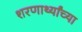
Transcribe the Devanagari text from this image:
शरणार्थ्यांच्या